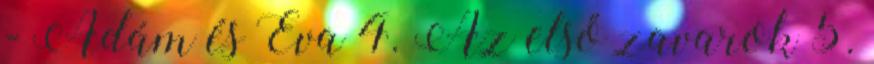
- Ádám és Éva 4. Az első zavarok 5.